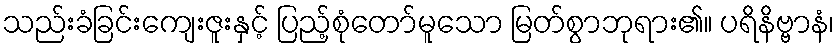
သည်းခံခြင်းကျေးဇူးနှင့် ပြည့်စုံတော်မူသော မြတ်စွာဘုရား၏။ ပရိနိဗ္ဗာနံ၊